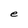
Character: e